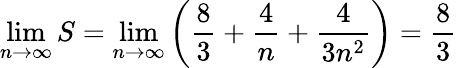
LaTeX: \operatorname*{lim}_{n\to\infty}S=\operatorname*{lim}_{n\to\infty}\left({\frac{8}{3}}+{\frac{4}{n}}+{\frac{4}{3n^{2}}}\right)={\frac{8}{3}}